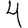
Digit: 4